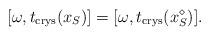
LaTeX: \begin{align*} [\omega, t_{\rm crys}(x_S)] = [\omega, t_{\rm crys}(x^\diamond_S) ]. \end{align*}